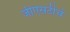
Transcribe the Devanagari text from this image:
जीएसटीचे